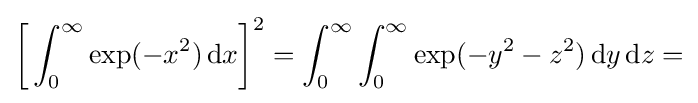
{\biggl [}\int _{0}^{\infty }\exp(-x^{2})\,\mathrm {d} x{\biggr ]}^{2}=\int _{0}^{\infty }\int _{0}^{\infty }\exp(-y^{2}-z^{2})\,\mathrm {d} y\,\mathrm {d} z=